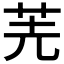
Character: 𠒌